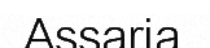
Assaria